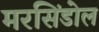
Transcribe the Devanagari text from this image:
मरसिंडोल